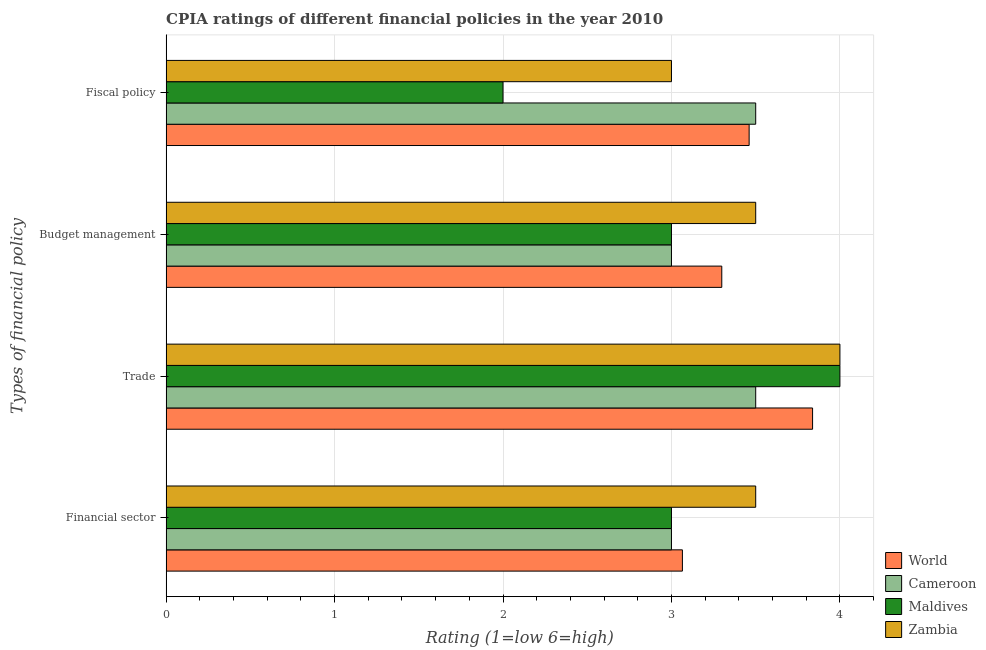
| Types of financial policy | World | Cameroon | Maldives | Zambia |
 | --- | --- | --- | --- | --- |
 | Financial sector | 3.06 | 3 | 3 | 3.5 |
 | Trade | 3.84 | 3.5 | 4 | 4 |
 | Budget management | 3.3 | 3 | 3 | 3.5 |
 | Fiscal policy | 3.46 | 3.5 | 2 | 3 |